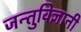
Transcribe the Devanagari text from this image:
जन्तुविज्ञानी